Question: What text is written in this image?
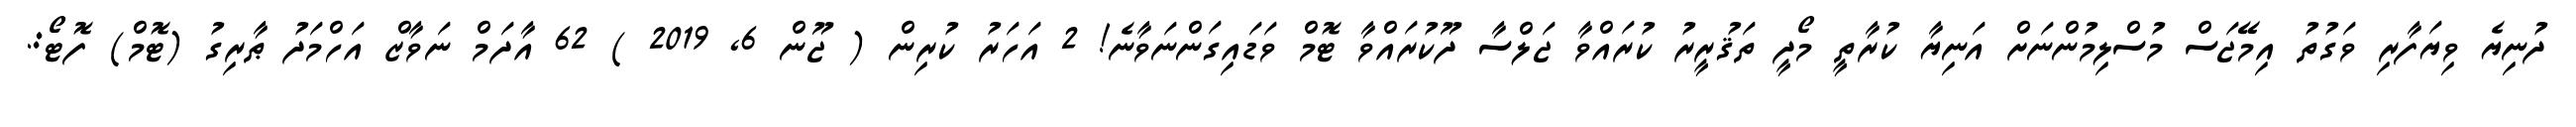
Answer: ދުނިޔެ ވިޔަފާރި ވަގުތު އިމޭޖަސް މުސްލިމުންނަށް އަނިޔާ ކުރާތީ މޯދީ ތަޤުރީރު ކުރައްވާ ޖަލްސާ ދޫކުރައްވާ ޓޮމް ވަޑައިގަންނަވާނެ! 2 އަހަރު ކުރިން ( ޖޫން 6, 2019 ) 62 އާދަމް ނަވާޒް އަހްމަދު ޠާރިގު (ޓޮމް) ފޮޓޯ:.